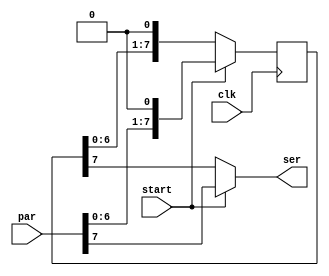
`timescale 1ns / 1ps
//////////////////////////////////////////////////////////////////////////////////
/*
Copyright (C) {2014}  {James Thomas} <jamesjoethomas@gmail.com>

This program is free software: you can redistribute it and/or modify
it under the terms of the GNU General Public License as published by
the Free Software Foundation, either version 3 of the License, or
(at your option) any later version.

This program is distributed in the hope that it will be useful,
but WITHOUT ANY WARRANTY; without even the implied warranty of
MERCHANTABILITY or FITNESS FOR A PARTICULAR PURPOSE.  See the
GNU General Public License for more details.

You should have received a copy of the GNU General Public License
along with this program.  If not, see <http://www.gnu.org/licenses/>.
*/
//////////////////////////////////////////////////////////////////////////////////
/*
output starts on same cycle start is asserted
high-order bits produced first
input only needs to be supplied on the cycle that start is high
produces zeros if input exhausted
assume W > 1
*/
module par_to_ser #(parameter W=8)
	(input clk /* device clock */, input[W-1:0] par,
	input start, output ser);	
	reg[W-1:0] par_reg = 0;

	always @(posedge clk) begin
		if (start) begin
			par_reg <= {par[W-2:0], 1'b0};	
		end
		else begin
			par_reg <= {par_reg[W-2:0], 1'b0};
		end
	end	

	assign ser = start ? par[W-1] : par_reg[W-1];
endmodule

/*
output appears W-1 clock cycles after first serial bit sent
assume high-order bits are input first
assume W > 2
*/
module ser_to_par #(parameter W=8)
	(input clk /* device clock */, input ser,
	output[W-1:0] par);	
	reg[W-2:0] par_reg = 0;
	
	always @(posedge clk) begin
		par_reg <= {par_reg[W-3:0], ser};
	end	

	assign par = {par_reg, ser};
endmodule

/*
reduces the system clock by a factor of 6
*/
module acc_clk(input clk /* system clock */, output dev_clk);
	parameter TICKS = 9;
	
	reg [3:0] count = 0;
	reg sig_reg = 0;
	
	always @(posedge clk) begin
		if (count == TICKS) begin
			// flip at half period
			sig_reg <= ~sig_reg;
			count <= 0;
		end
		else begin
			count <= count + 1;
		end
	end
	assign dev_clk = sig_reg;
endmodule

/*
assert in_ready when a new datapoint is available, avg_ready will
be signalled after 32 data points have been folded into the average
*/
module moving_avg(
  input clock, in_ready, reset,
  input signed [15:0] data,
  output signed [15:0] avg,
  output avg_ready
);
	// circular buffer
	reg signed [15:0] samples [31:0];
	
	reg [4:0] offset = 0;
	reg signed [15:0] accum = 0;
	reg [5:0] num_samples = 0;
	reg signed [15:0] data_right_shift;
	
	always @(*) begin
		data_right_shift = {data[15], data[15], data[15], data[15],
			data[15], data[15:5]};
	end
	
	always @(posedge clock) begin
		if (reset) begin
			accum <= 0;
			num_samples <= 0;
			offset <= 0;
		end
		else if (in_ready) begin
			num_samples <= (num_samples == 6'd32) ? num_samples : num_samples + 1;
			samples[offset] <= data_right_shift;
			if (num_samples == 6'd32) begin
				accum <= accum + data_right_shift - samples[offset];
			end
			else begin
				accum <= accum + data_right_shift;
			end
			offset <= offset + 1;
		end
	end
  
  assign avg = accum;
  assign avg_ready = (num_samples == 6'd32) ? 1 : 0;
endmodule

/*
ready permanently asserted after initialization completed
acc operates completely with the slowed accelerometer clock
*/
module acc(input clk /* system clock */, sdo, reset,
	output ncs, sda, scl, ready, output signed [15:0] x, y);
	// TODO use state machine -- transition through all of the initiatialization states (each
	// register), then rotate through the value reading states
	// one cycle gap between states to allow for CS deassertion
	parameter MEASURE_INIT = 0;
	parameter X_READ = 1;
	parameter Y_READ = 2;
	reg[1:0] state = MEASURE_INIT; // TODO: set the right number of bits for this
	reg[4:0] count = 0; // TODO: set the right number of bits for this
	
	reg ncs_reg;

	wire dev_clk;
	acc_clk ac(.clk(clk), .dev_clk(dev_clk));

	reg[7:0] par_in;
	reg pts_start;
	par_to_ser pts(.clk(dev_clk), .par(par_in), .start(pts_start), .ser(sda));

	wire[7:0] par_out;
	ser_to_par stp(.clk(dev_clk), .ser(sdo), .par(par_out));
	
	reg ma_x_in_ready;
	reg [7:0] x_low_bits = 0;
	reg signed [15:0] ma_x_in;
	wire ma_x_avg_ready;
	wire signed [15:0] ma_x_avg;
	moving_avg ma_x(
	  .clock(dev_clk), .in_ready(ma_x_in_ready), .reset(reset),
	  .data(ma_x_in),
	  .avg(ma_x_avg),
	  .avg_ready(ma_x_avg_ready)
	);
	
	reg ma_y_in_ready;
	reg [7:0] y_low_bits = 0;
	reg signed [15:0] ma_y_in;
	wire ma_y_avg_ready;
	wire signed [15:0] ma_y_avg;
	moving_avg ma_y(
	  .clock(dev_clk), .in_ready(ma_y_in_ready), .reset(reset),
	  .data(ma_y_in),
	  .avg(ma_y_avg),
	  .avg_ready(ma_y_avg_ready)
	);
	
	// invariants: when transitioning out of a state always set counter to 0
	always @(posedge dev_clk) begin
		case (state)
			MEASURE_INIT: begin
				if (count == 5'd18) begin
					count <= 0;
					state <= X_READ;
				end
				else begin
					count <= count + 1;
				end
			end
			X_READ: begin
				if (count == 5'd25) begin
					count <= 0;
					state <= Y_READ;
				end
				else begin
					count <= count + 1;
				end
				if (count == 5'd17) begin
					x_low_bits <= par_out;
				end
			end
			Y_READ: begin
				if (count == 5'd25) begin
					count <= 0;
					state <= X_READ;
				end
				else begin
					count <= count + 1;
				end
				if (count == 5'd17) begin
					y_low_bits <= par_out;
				end
			end
		endcase
	end
	
	always @(*) begin
		case (state)
			MEASURE_INIT: begin
				pts_start = (count == 5'd2 || count == 5'd10) ? 1 : 0;
				if (count == 5'd2) begin
					par_in = 8'h2D; // 0 for W, 0 for MB
				end
				else if (count == 5'd10) begin
					par_in = 8'h08; // set measure bit
				end
				else begin
					par_in = 0;
				end
				ma_x_in_ready = 0; ma_x_in = 0;
				ma_y_in_ready = 0; ma_y_in = 0;
				ncs_reg = (count == 5'd18 || count == 5'd0) ? 1 : 0;
			end
			X_READ: begin
				pts_start = (count == 5'd1) ? 1 : 0;
				par_in = (count == 5'd1) ? 8'hF2 : 0; // 1 for R, 1 for MB 
				ma_x_in_ready = (count == 5'd25) ? 1 : 0;
				ma_x_in = (count == 5'd25) ? {par_out, x_low_bits} : 0;
				ma_y_in_ready = 0; ma_y_in = 0;
				ncs_reg = (count == 5'd25) ? 1 : 0;
			end
			Y_READ: begin
				pts_start = (count == 5'd1) ? 1 : 0;
				par_in = (count == 5'd1) ? 8'hF4 : 0; // 1 for R, 1 for MB 
				ma_y_in_ready = (count == 5'd25) ? 1 : 0;
				ma_y_in = (count == 5'd25) ? {par_out, y_low_bits} : 0;
				ma_x_in_ready = 0; ma_x_in = 0;
				ncs_reg = (count == 5'd25) ? 1 : 0;			
			end
		endcase
	end

	
	assign scl = (ncs_reg == 1 || (state == MEASURE_INIT && count == 5'd1
		|| state != MEASURE_INIT && count == 5'd0)) ? 1 : dev_clk;
	assign ncs = ncs_reg;
	assign ready = ma_x_avg_ready && ma_y_avg_ready;
	assign x = ma_x_avg;
	assign y = ma_y_avg;
endmodule